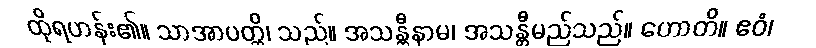
ထိုရဟန်း၏။ သာအာပတ္တိ၊ သည်။ အသန္တီနာမ၊ အသန္တီမည်သည်။ ဟောတိ။ ဧဝံ၊